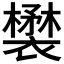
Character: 𧞉